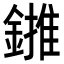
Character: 𨫻